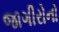
જાગીરોનો